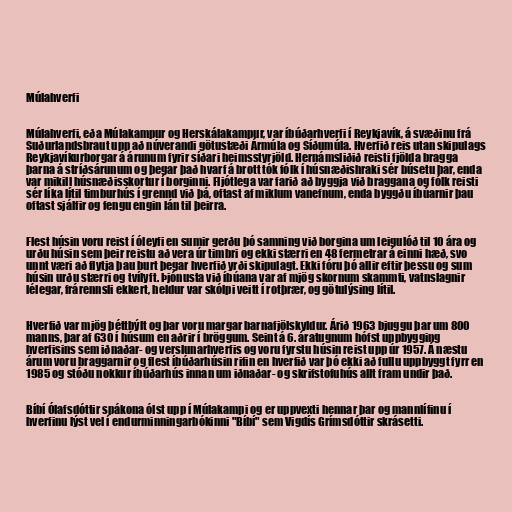
Múlahverfi

Múlahverfi, eða Múlakampur og Herskálakampur, var íbúðarhverfi í Reykjavík, á svæðinu frá
Suðurlandsbraut upp að núverandi götustæði Ármúla og Síðumúla. Hverfið reis utan skipulags
Reykjavíkurborgar á árunum fyrir síðari heimsstyrjöld. Hernámsliðið reisti fjölda bragga
þarna á stríðsárunum og þegar það hvarf á brott tók fólk í húsnæðishraki sér búsetu þar, enda
var mikill húsnæðisskortur í borginni. Fljótlega var farið að byggja við braggana og fólk reisti
sér líka lítil timburhús í grennd við þá, oftast af miklum vanefnum, enda byggðu íbúarnir þau
oftast sjálfir og fengu engin lán til þeirra.

Flest húsin voru reist í óleyfi en sumir gerðu þó samning við borgina um leigulóð til 10 ára og
urðu húsin sem þeir reistu að vera úr timbri og ekki stærri en 48 fermetrar á einni hæð, svo
unnt væri að flytja þau burt þegar hverfið yrði skipulagt. Ekki fóru þó allir eftir þessu og sum
húsin urðu stærri og tvílyft. Þjónusta við íbúana var af mjög skornum skammti, vatnslagnir
lélegar, frárennsli ekkert, heldur var skólpi veitt í rotþrær, og götulýsing lítil.

Hverfið var mjög þéttbýlt og þar voru margar barnafjölskyldur. Árið 1963 bjuggu þar um 800
manns, þar af 630 í húsum en aðrir í bröggum. Seint á 6. áratugnum hófst uppbygging
hverfisins sem iðnaðar- og verslunarhverfis og voru fyrstu húsin reist upp úr 1957. Á næstu
árum voru braggarnir og flest íbúðarhúsin rifin en hverfið var þó ekki að fullu uppbyggt fyrr en
1985 og stóðu nokkur íbúðarhús innan um iðnaðar- og skrifstofuhús allt fram undir það.

Bíbí Ólafsdóttir spákona ólst upp í Múlakampi og er uppvexti hennar þar og mannlífinu í
hverfinu lýst vel í endurminningarbókinni "Bíbí" sem Vigdís Grímsdóttir skrásetti.